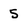
Character: 5